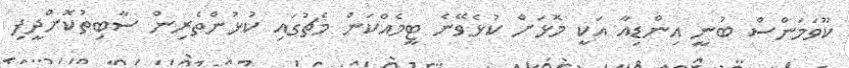
ކޫވަމަންސް ބުނީ އިންޑިއާ އަކީ މޮޅަށް ކުޅެވޭނެ ޓީމެއްކަން މެޗުގައި ކުޅުންތެރިން ސާބިތުކޮށްދީފި